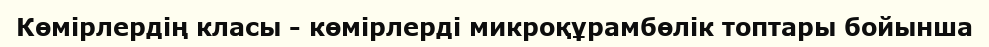
Көмірлердің класы - көмірлерді микроқұрамбөлік топтары бойынша